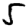
Digit: 5